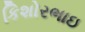
કિશોરભાઇ